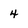
Character: 4